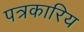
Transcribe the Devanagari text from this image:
पत्रकारिय